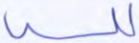
لله